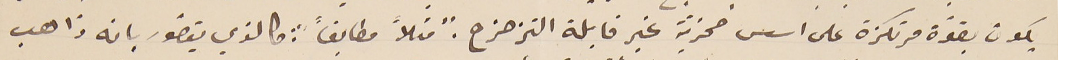
يكون بقوّة مرتكزة على اسس صخريّة غير قابلة التزحزح. "مثلاً مطابقاً": كالذي يتصوّر بانه ذاهب